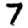
Digit: 7